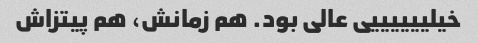
خیلییییییی عالی بود. هم زمانش، هم پیتزاش